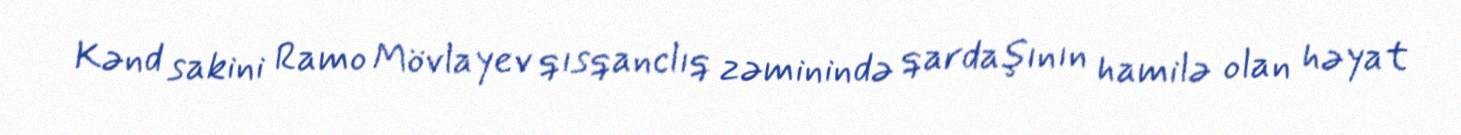
Kənd sakini Ramo Mövlayev qısqanclıq zəminində qardaşının hamilə olan həyat